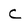
Character: C